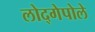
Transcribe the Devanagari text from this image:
लोद्गेपोले